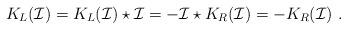
LaTeX: \begin{align*}K_L(\mathcal{I})=K_L(\mathcal{I})\star\mathcal{I}=-\mathcal{I}\star K_R(\mathcal{I})=-K_R(\mathcal{I}) \ .\end{align*}